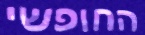
החופשי